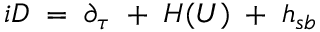
i D \; = \; \partial _ { \tau } \; + \; H ( U ) \; + \; h _ { s b }